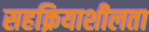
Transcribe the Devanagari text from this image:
सहक्रियाशीलता